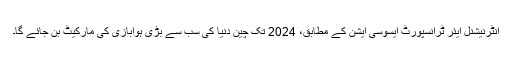
انٹرنیشنل ایئر ٹرانسپورٹ ایسوسی ایشن کے مطابق، 2024 تک چین دنیا کی سب سے بڑی ہوابازی کی مارکیٹ بن جائے گا۔